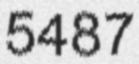
5487